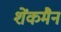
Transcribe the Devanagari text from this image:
शेंकमैन